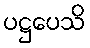
ပဋ္ဌပေသိ